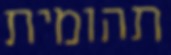
תהומית